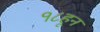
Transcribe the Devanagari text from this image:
१८हून